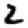
Digit: 2